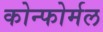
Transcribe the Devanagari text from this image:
कोन्फोर्मल